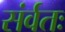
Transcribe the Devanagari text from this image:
संर्वतः